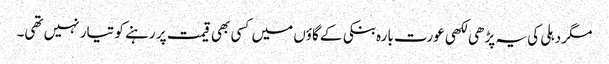
مگر دہلی کی یہ پڑھی لکھی عورت بارہ بنکی کے گاؤں میں کسی بھی قیمت پر رہنے کو تیار نہیں تھی۔